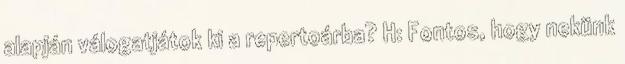
alapján válogatjátok ki a repertoárba? H: Fontos, hogy nekünk